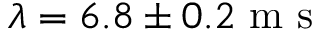
\lambda = 6 . 8 \pm 0 . 2 \mathrm { ~ m ~ s ~ }